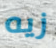
زيه